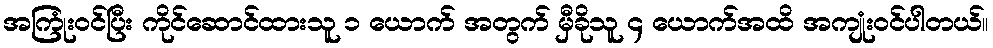
အကြုံးဝင်ပြီး ကိုင်ဆောင်ထားသူ ၁ ယောက် အတွက် မှီခိုသူ ၄ ယောက်အထိ အကျုံးဝင်ပါတယ်။